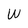
Character: W